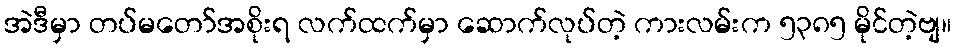
အဲဒီမှာ တပ်မတော်အစိုးရ လက်ထက်မှာ ဆောက်လုပ်တဲ့ ကားလမ်းက ၅၃၈၅ မိုင်တဲ့ဗျ။